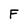
Character: F